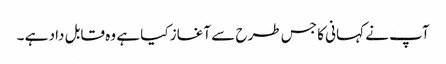
آپ نے کہانی کا جس طرح سے آغاز کیا ہے وہ قابل داد ہے ۔